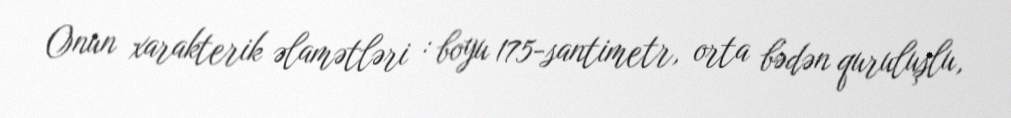
Onun xarakterik əlamətləri : boyu 175-santimetr, orta bədən quruluşlu,